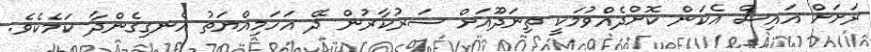
ރަށަށް އައިސް އެކަން ކޮށްދެއްވުމަކީ ތިނަދޫއަށް ސަރުކާރުން ދޭ އަހަމިއްޔަތު އެނގިގެންދާ ކަމެކެވެ.